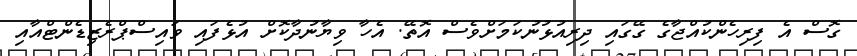
ގޮސް އެ ފިރިހެންކުއްޖާގެ ގޭގައި ދިރިއުޅުނުކަމަށްވެސް އޮތޭ. އެހާ ވިޔާނުދާކޮށް އުޅެފައި ވައިސްޕްރެޒިޑެންޓްއާއި